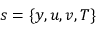
s = \{ y , u , v , T \}